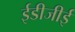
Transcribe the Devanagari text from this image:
ईडीजीई